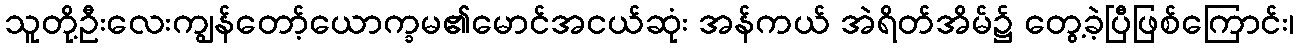
သူတို့ဦးလေးကျွန်တော့်ယောက္ခမ၏မောင်အငယ်ဆုံး အန်ကယ် အဲရိတ်အိမ်၌ တွေ့ခဲ့ပြီဖြစ်ကြောင်း၊